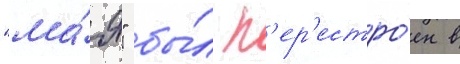
"ма́я" бы́л п'ер'естро́ен в